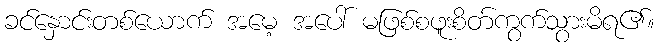
ခင်နှောင်းတစ်ယောက် အမေ့ အပေါ် မဖြစ်စဖူးစိတ်ကွက်သွားမိရ၏။